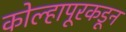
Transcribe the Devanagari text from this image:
कोल्हापूरकडून